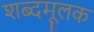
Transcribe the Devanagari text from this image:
शब्दमूलक